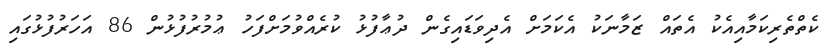
ކެތްތެރިކަމާއިއެކު އެތައް ޒަމާނަކު އެކަމަށް އެދިވަޑައިގެން ދުޢާފުޅު ކުރެއްްވުމަށްފަހު ޢުމުރުފުޅުން 86 އަހަރުފުޅުގައި